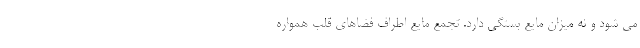
می شود و نه میزان مایع بستگی دارد. تجمع مایع اطراف فضاهای قلب همواره